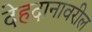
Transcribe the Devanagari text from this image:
देहदानावरील